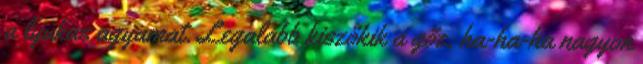
a lyukas agyamat. Legalább kiszökik a gőz, ha-ha-ha nagyon